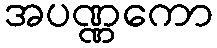
အပဏ္ဏကော